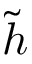
\widetilde { h }